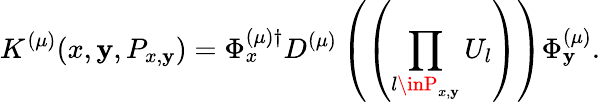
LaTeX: K^{(\mu)}(x,\mathbf{y},P_{x,\mathbf{y}})=\Phi_{x}^{(\mu)\dagger}D^{(\mu)}\left(\left(\prod_{l\inP_{x,\mathbf{y}}}U_{l}\right)\right)\Phi_{\mathbf{y}}^{(\mu)}.